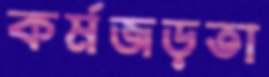
কর্মজড়তা